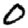
Digit: 0